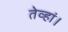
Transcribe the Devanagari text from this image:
तेव्हां।